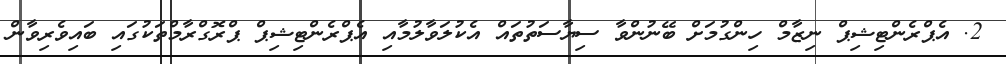
2. އެޕްރެންޓިޝިޕް ނިޒާމް ހިންގުމަށް ބޭނުންވާ ސިޔާސަތުތައް އެކުލަވާލުމާއި އެޕްރެންޓިޝިޕް ޕްރޮގްރާމްތަކުގައި ބައިވެރިވާން